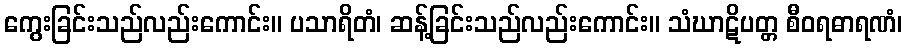
ကွေးခြင်းသည်လည်းကောင်း။ ပသာရိတံ၊ ဆန့်ခြင်းသည်လည်းကောင်း။ သံဃာဋိပတ္တ စီဝရဓာရဏံ၊